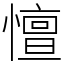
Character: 憻